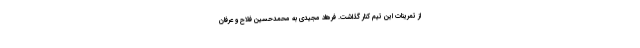
از تمرینات این تیم کنار گذاشت. فرهاد مجیدی به محمدحسین فلاح و عرفان